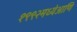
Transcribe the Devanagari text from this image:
१९९२मध्येआणि